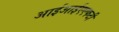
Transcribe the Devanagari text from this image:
आईआईएएफटी